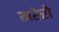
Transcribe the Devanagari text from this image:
मरेरो